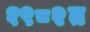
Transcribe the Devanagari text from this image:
१९८२त